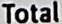
TOTAL